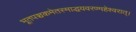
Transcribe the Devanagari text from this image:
भूतपञ्चकमेतस्माद्धयवरण्महेश्वरात्।